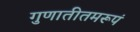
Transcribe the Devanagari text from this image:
गुणातीतमरूपं